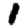
Digit: 1